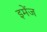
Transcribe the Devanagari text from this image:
इमेंज